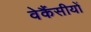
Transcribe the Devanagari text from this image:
वेकैंसीयों